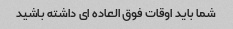
شما باید اوقات فوق العاده ای داشته باشید